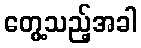
တွေ့သည့်အခါ